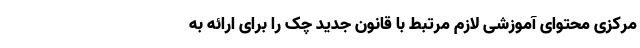
مرکزی محتوای آموزشی لازم مرتبط با قانون جدید چک را برای ارائه به